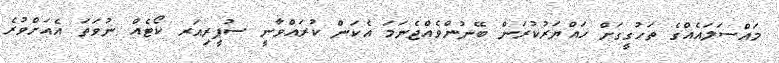
މައްސަލައެއްގެ ތަހުގީގަށް ހައްޔަރުކުރަން ބޭނުންވެއްޖެނަމަ އެކަން ކުރައްވާނީ ސުޕީރިއަރ ކޯޓެއް ނުވަތަ އެއަށްވުރެ